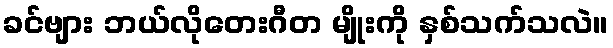
ခင်ဗျား ဘယ်လိုတေးဂီတ မျိုးကို နှစ်သက်သလဲ။